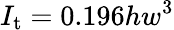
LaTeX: I_{\mathrm{t}}=0.196hw^{3}